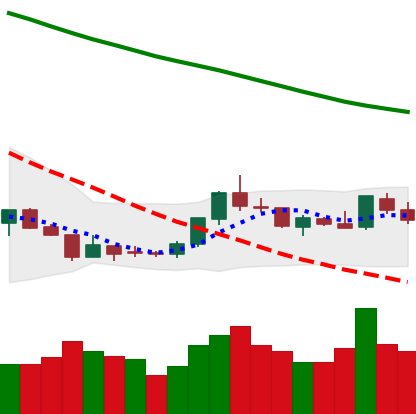
Ticker: LTC-USD
Chart end date: 2018-07-26
Forward return: -5.147%
Label: down_5_7